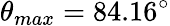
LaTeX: \theta_{max}=84.16^{\circ}